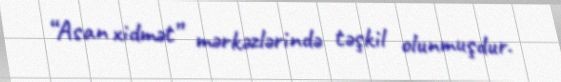
“Asan xidmət” mərkəzlərində təşkil olunmuşdur.